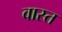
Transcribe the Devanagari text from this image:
वास्त